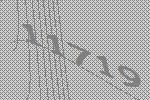
11719